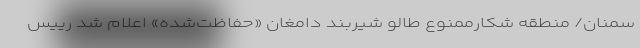
سمنان/ منطقه شکارممنوع طالو شیربند دامغان «حفاظت‌شده» اعلام شد رییس